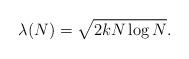
LaTeX: \begin{align*} \lambda (N)=\sqrt{2kN\log N }.\end{align*}